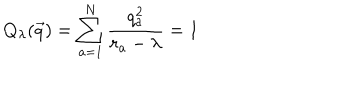
Q _ { \lambda } ( \vec { q } ) = \sum _ { a = 1 } ^ { N } \frac { q _ { a } ^ { 2 } } { r _ { a } - \lambda } = 1